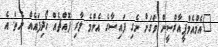
"އެމްއެމްޕީއާރްސީން ވަގަށް ނެގި ފައިސާގެ އެންމެ ލާރި ފޮއްޗެއް ހޯދިފައެއް ނެތް. އެ